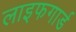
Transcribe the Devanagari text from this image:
लाइफगार्ड